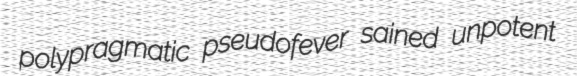
polypragmatic pseudofever sained unpotent